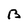
Character: 0